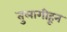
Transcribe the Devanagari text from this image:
तुलागीहून